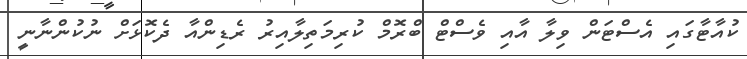
ކުއާޓާގައި އެސްޓަން ވިލާ އާއި ވެސްޓް ބްރޮމް ކުރިމަތިލާއިރު ރެޑިންއާ ދެކޮޅަށް ނުކުންނާނީ